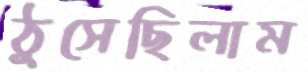
ঠুসেছিলাম